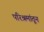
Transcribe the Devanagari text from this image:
परिश्रमांतून